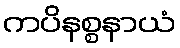
ကပိနစ္စနာယံ